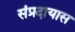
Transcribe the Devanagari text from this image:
संप्रदायास